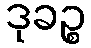
ဒုခဉ္စ